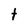
Character: t